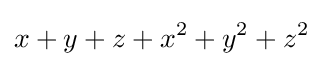
x+y+z+x^{2}+y^{2}+z^{2}